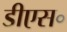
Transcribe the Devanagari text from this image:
डीएस॰